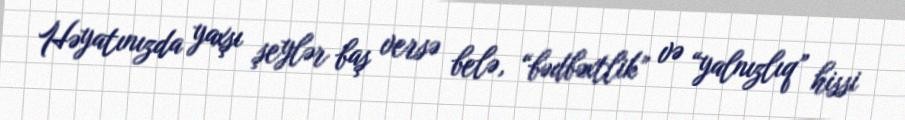
Həyatınızda yaxşı şeylər baş versə belə, “bədbəxtlik” və “yalnızlıq” hissi